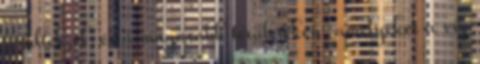
terültek el, és a magasabb területeken, amelyeket a víz